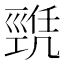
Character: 𢀫